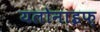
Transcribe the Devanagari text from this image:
यलोनाइफ़